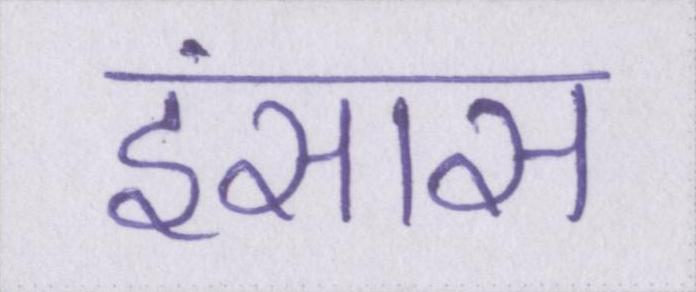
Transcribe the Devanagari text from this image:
इंसास